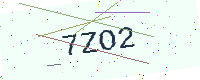
Text: 7ZO2